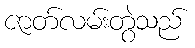
ဇာတ်လမ်းတွဲသည်